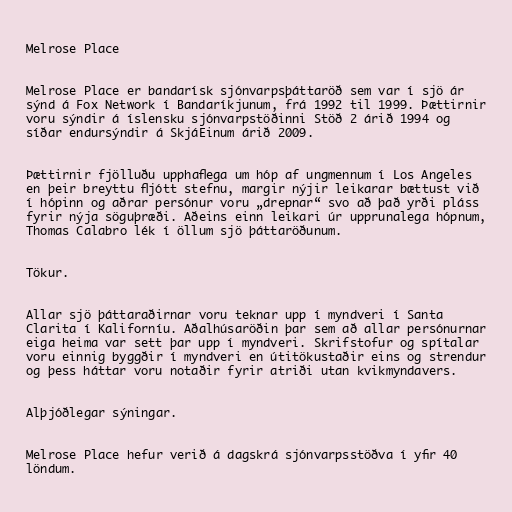
Melrose Place

Melrose Place er bandarísk sjónvarpsþáttaröð sem var í sjö ár
sýnd á Fox Network í Bandaríkjunum, frá 1992 til 1999. Þættirnir
voru sýndir á íslensku sjónvarpstöðinni Stöð 2 árið 1994 og
síðar endursýndir á SkjáEinum árið 2009.

Þættirnir fjölluðu upphaflega um hóp af ungmennum í Los Angeles
en þeir breyttu fljótt stefnu, margir nýjir leikarar bættust við
í hópinn og aðrar persónur voru „drepnar“ svo að það yrði pláss
fyrir nýja söguþræði. Aðeins einn leikari úr upprunalega hópnum,
Thomas Calabro lék í öllum sjö þáttaröðunum.

Tökur.

Allar sjö þáttaraðirnar voru teknar upp í myndveri í Santa
Clarita í Kaliforníu. Aðalhúsaröðin þar sem að allar persónurnar
eiga heima var sett þar upp í myndveri. Skrifstofur og spítalar
voru einnig byggðir í myndveri en útitökustaðir eins og strendur
og þess háttar voru notaðir fyrir atriði utan kvikmyndavers.

Alþjóðlegar sýningar.

Melrose Place hefur verið á dagskrá sjónvarpsstöðva í yfir 40
löndum.